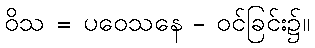
ဝိသ = ပဝေသနေ - ဝင်ခြင်း၌။